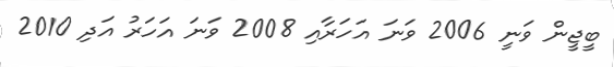
ބީޖީން ވަނީ 2006 ވަނަ އަހަރާއި 2008 ވަނަ އަހަރު އަދި 2010